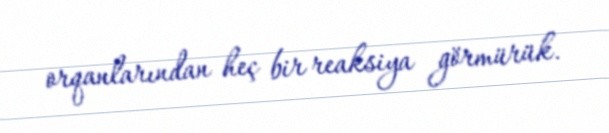
orqanlarından heç bir reaksiya görmürük.